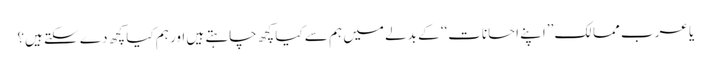
یا عرب ممالک ’’اپنے احسانات‘‘ کے بدلے میں ہم سے کیا کچھ چاہتے ہیں اور ہم کیا کچھ دے سکتے ہیں؟